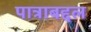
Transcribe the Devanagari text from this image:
पात्राबद्दल